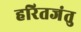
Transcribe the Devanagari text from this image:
हरितजंतु